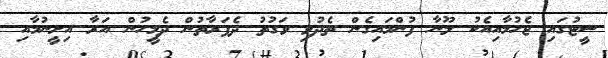
ސީޓުގައި ޖެހުމާއިއެކު ލޫނާ ފުންމައިގެން ތެދުވި ވަގުތު ދެފަރާތުން ދެމީހުން އަރާ އިށީނުމާއި